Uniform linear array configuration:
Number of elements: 8
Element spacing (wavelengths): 0.75
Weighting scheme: kaiser
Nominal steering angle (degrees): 0
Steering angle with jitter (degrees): -0.01229
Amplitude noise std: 0.05
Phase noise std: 0.05

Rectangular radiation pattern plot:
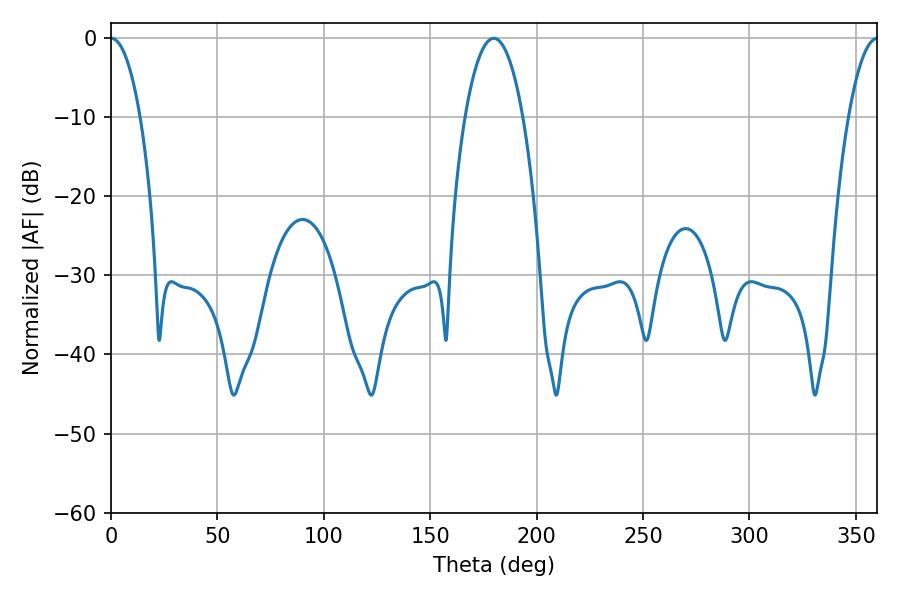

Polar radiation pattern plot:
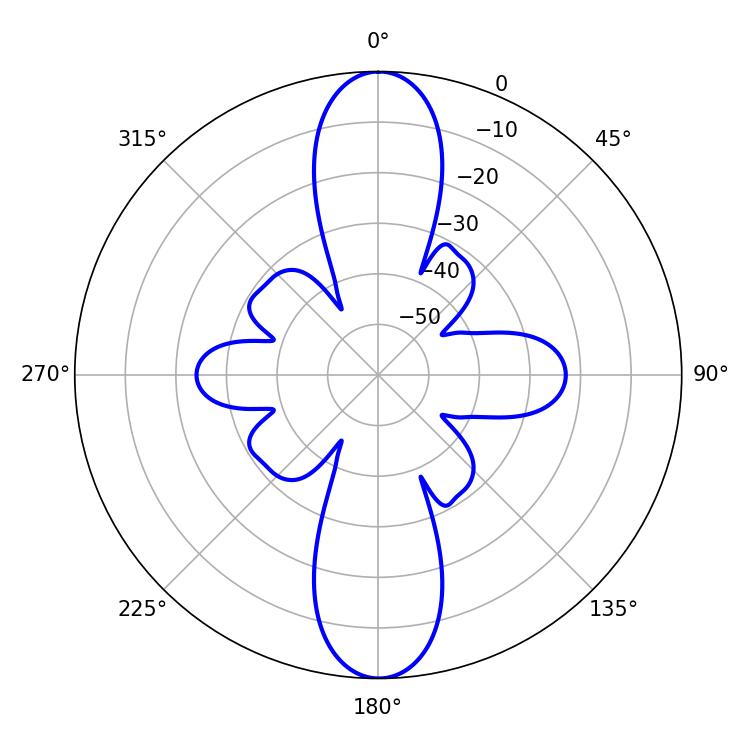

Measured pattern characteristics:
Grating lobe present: TRUE
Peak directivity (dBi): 31.763
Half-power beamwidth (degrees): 7.74
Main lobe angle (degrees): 0.18